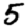
Digit: 5